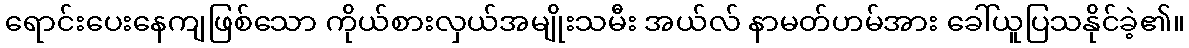
ရောင်းပေးနေကျဖြစ်သော ကိုယ်စားလှယ်အမျိုးသမီး အယ်လ် နာမတ်ဟမ်အား ခေါ်ယူပြသနိုင်ခဲ့၏။